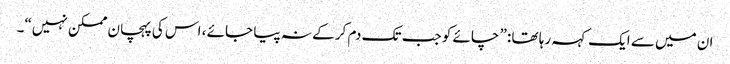
ان میں سے ایک کہہ رہا تھا :” چائے کو جب تک دم کر کے نہ پیا جائے ، اس کی پہچان ممکن نہیں“۔